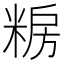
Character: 𮇫